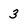
Character: 3